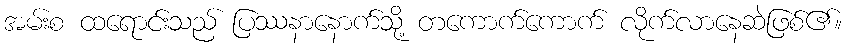
အမ်းစ ထရောင်းသည် ပြဿနာနောက်သို့ တကောက်ကောက် လိုက်လာနေဆဲဖြစ်၏။